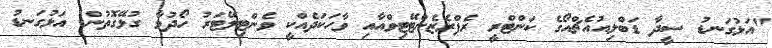
"އަޅުގަނޑު ސީދާ ޑަބްލިއުއެޗްއޯގެ ކަންޓްރީ ރެޕްރެޒެންޓޭޓިވްއާއި ވާހަކަދެއްކީ ވެންޓިލޭޓަރު ހޯދުމާ ގުޅޭގޮތުން. އަޅުގަނޑު